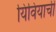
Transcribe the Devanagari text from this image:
यिवियाची